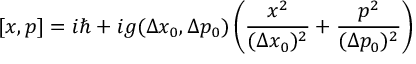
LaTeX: [ x , p ] = i \hbar + i g ( \Delta x _ { 0 } , \Delta p _ { 0 } ) \left( \frac { x ^ { 2 } } { ( \Delta x _ { 0 } ) ^ { 2 } } + \frac { p ^ { 2 } } { ( \Delta p _ { 0 } ) ^ { 2 } } \right)